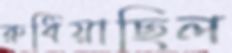
রুধিয়াছিল